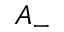
A _ { - }